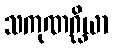
သကုဏဂ္ဃိယာ